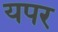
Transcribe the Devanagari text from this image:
यपर